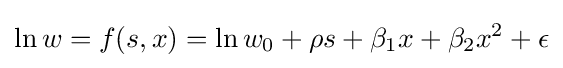
\ln w=f(s,x)=\ln w_{0}+\rho s+\beta _{1}x+\beta _{2}x^{2}+\epsilon